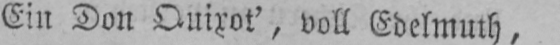
Ein Don Quixot’, voll Edelmuth,